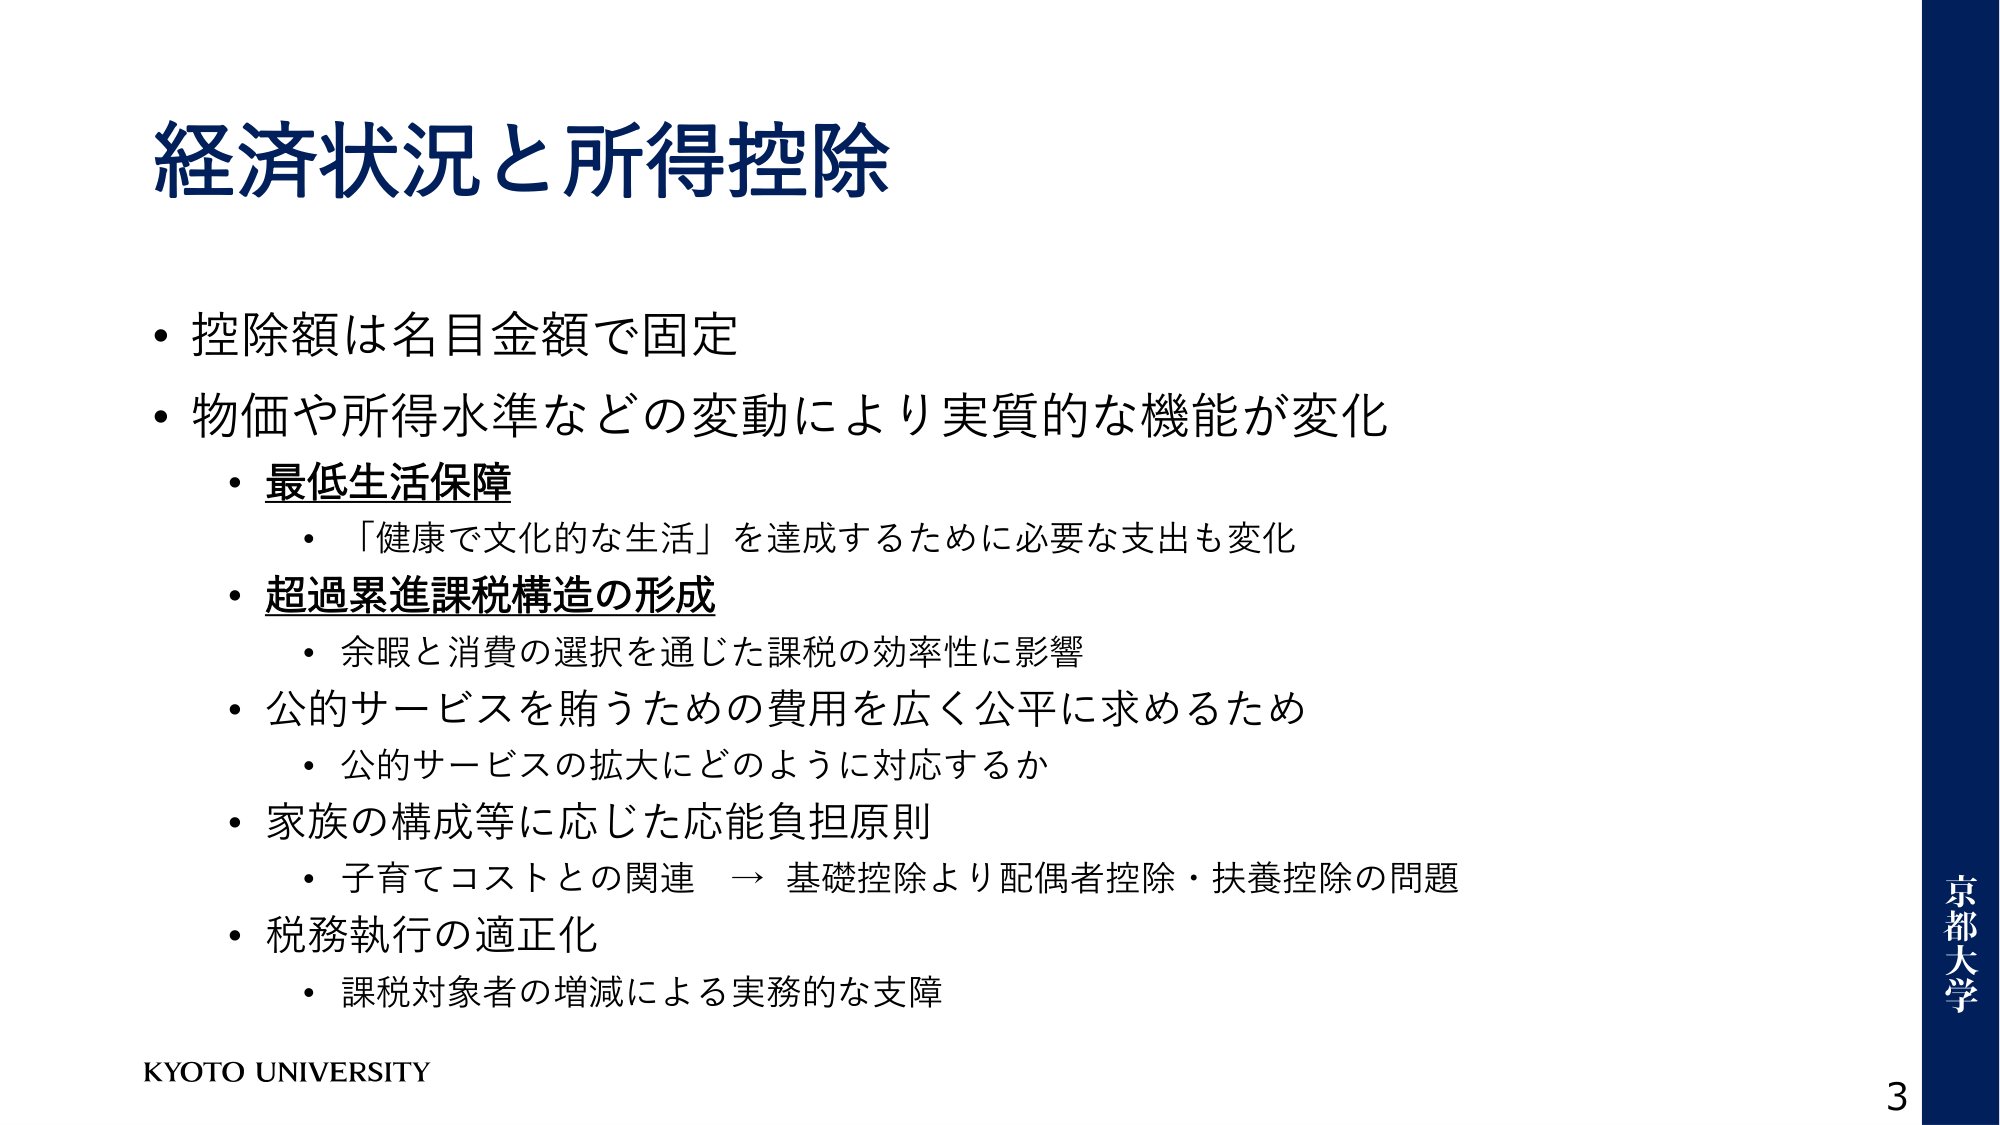
経済状況と所得控除

・控除額は名目金額で固定
・物価や所得水準などの変動により実質的な機能が変化
　・最低生活保障
　　・「健康で文化的な生活」を達成するために必要な支出も変化
　・超過累進課税構造の形成
　　・余暇と消費の選択を通じた課税の効率性に影響
　・公的サービスを賄うための費用を広く公平に求めるため
　　・公的サービスの拡大にどのように対応するか
　・家族の構成等に応じた応能負担原則
　　・子育てコストとの関連 → 基礎控除より配偶者控除・扶養控除の問題
　・税務執行の適正化
　　・課税対象者の増減による実務的な支障

KYOTO UNIVERSITY

京都大学
3